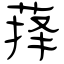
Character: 萚